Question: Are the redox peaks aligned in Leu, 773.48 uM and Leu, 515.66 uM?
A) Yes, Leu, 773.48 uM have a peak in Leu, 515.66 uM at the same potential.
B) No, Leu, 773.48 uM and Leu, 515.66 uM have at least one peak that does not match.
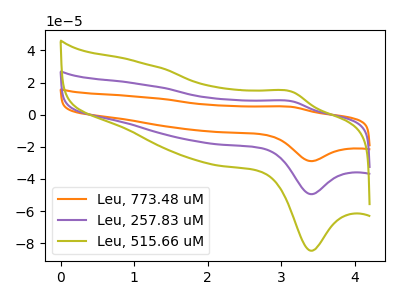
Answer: <think>The orange curve "Leu, 773.48 uM" has an anodic peak at (3.15V, 16.70uA) and a cathodic peak at (3.40V, -98.95uA). The purple curve "Leu, 257.83 uM" has an anodic peak at (3.15V, 8.35uA) and a cathodic peak at (3.40V, -49.45uA). The olive curve "Leu, 515.66 uM" has an anodic peak at (3.15V, 14.30uA) and a cathodic peak at (3.40V, -84.70uA).</think>
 <answer>A) Yes, "Leu, 773.48 uM" have a peak in "Leu, 515.66 uM" at the same potential.</answer>
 <eval>A</eval>